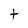
Character: t